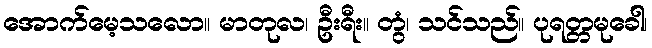
အောက်မေ့သလော။ မာတုလ၊ ဦးရီး။ တွံ၊ သင်သည်။ ပုရတ္တမုခေါ၊